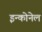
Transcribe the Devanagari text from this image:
इन्कोनेल